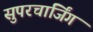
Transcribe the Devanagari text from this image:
सुपरचार्जिंग